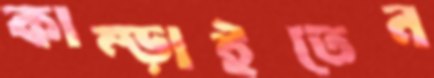
কাম্‌ড়াইতেন